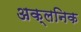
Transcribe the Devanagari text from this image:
अक्लनिक